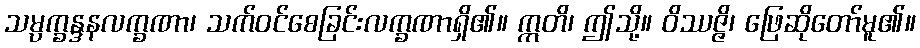
သမ္ပက္ခန္ဒနလက္ခဏာ၊ သက်ဝင်စေခြင်းလက္ခဏာရှိ၏။ ဣတိ၊ ဤသို့။ ဝိဿဇ္ဇိ၊ ဖြေဆိုတော်မူ၏။